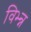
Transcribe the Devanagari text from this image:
विभ्न्न